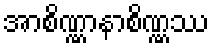
အာစိဏ္ဏာနာစိဏ္ဏဿ